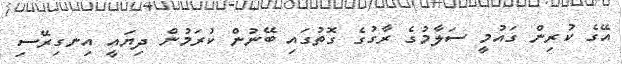
އޭގެ ކުރިން ގައުމީ ސަލާމުގެ ރާގުގެ ގޮތުގައި ބޭނުން ކުރަމުން ދިޔައީ އިނގިރޭސި